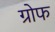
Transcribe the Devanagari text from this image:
ग्रोफ